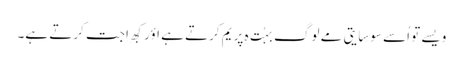
ویسے تو اُسے سوسِایتی مے لوگ بہُت ہِ پریم کرتے ہے اؤر کبھِ اِجت کرتے ہے۔